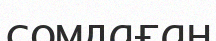
сомдаған